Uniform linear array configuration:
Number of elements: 24
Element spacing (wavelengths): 0.75
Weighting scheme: exponential
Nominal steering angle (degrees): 60
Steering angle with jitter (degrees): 59.11
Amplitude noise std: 0.05
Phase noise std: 0.05

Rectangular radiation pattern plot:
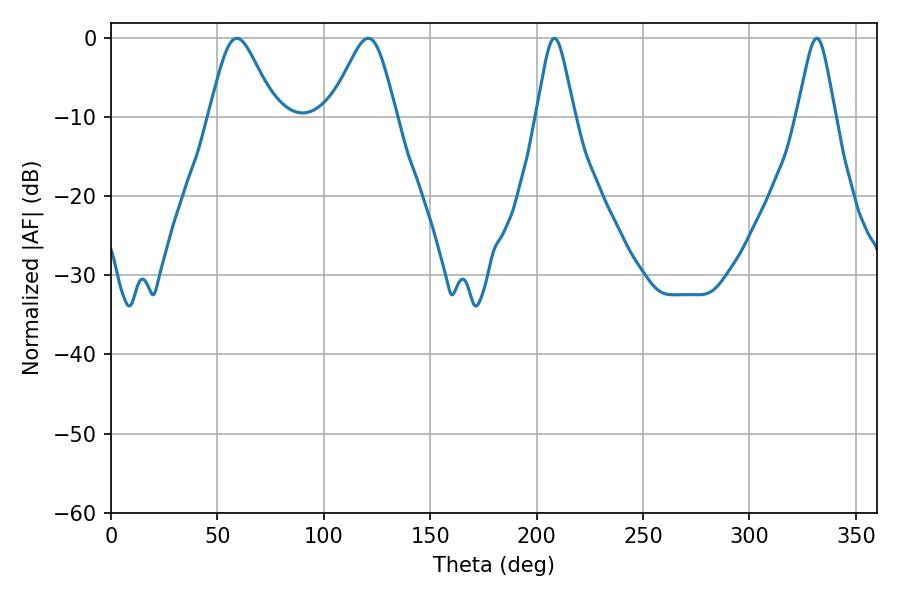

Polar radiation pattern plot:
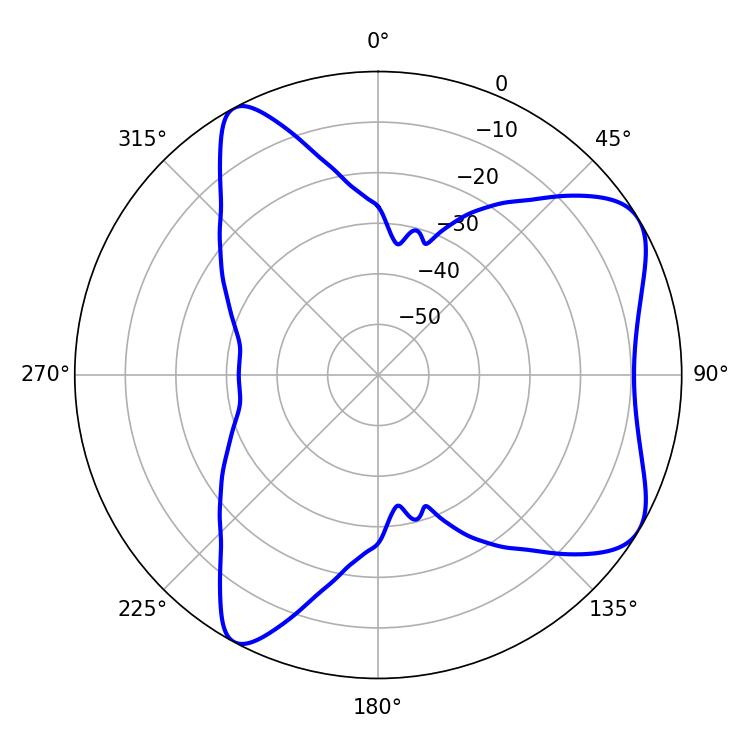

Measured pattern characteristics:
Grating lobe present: TRUE
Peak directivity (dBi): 6.888
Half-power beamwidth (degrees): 15.3
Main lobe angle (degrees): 59.04